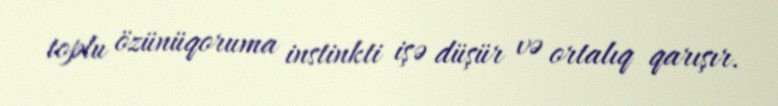
toplu özünüqoruma instinkti işə düşür və ortalıq qarışır.